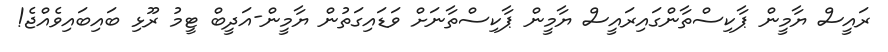
ރައީސް ޔާމީން ޕާކިސްތާންގައިރައީސް ޔާމީން ޕާކިސްތާނަށް ވަޑައިގަތުން ޔާމީން-އަދީބް ޓީމު ރޫޅި ބައިބައިވެއްޖެ!